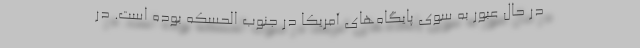
در حال عبور به سوی پایگاه‌های آمریکا در جنوب الحسکه بوده است. در